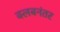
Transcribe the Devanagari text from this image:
क्लबनंतर